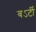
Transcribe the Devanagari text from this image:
बऽर्टी